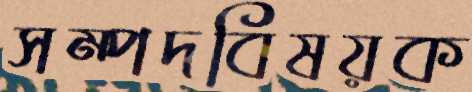
সম্পদবিষয়ক